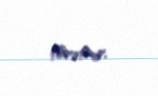
törətmir.